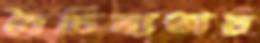
বৈচিত্র্যতায়